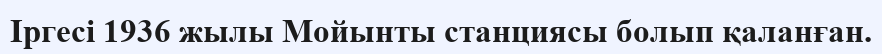
Іргесі 1936 жылы Мойынты станциясы болып қаланған.